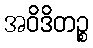
အဝိဒိတဉ္စ